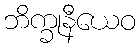
ဘိက္ခုနီယေဝ